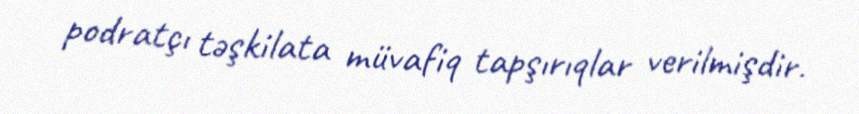
podratçı təşkilata müvafiq tapşırıqlar verilmişdir.